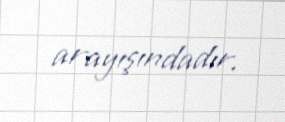
arayışındadır.